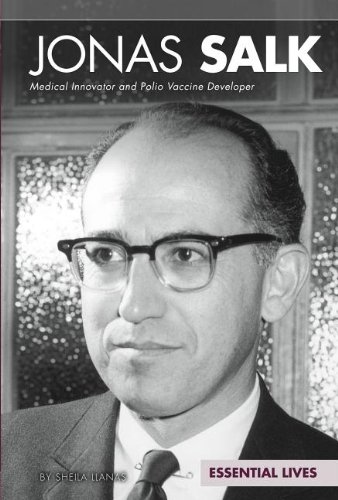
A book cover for Jonas Salk: Medical Innovator and Polio Vaccine Developer (Essential Lives); Sheila Llanas; Teen & Young Adult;